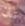
تان